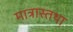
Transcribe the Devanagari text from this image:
मात्रास्तथा